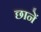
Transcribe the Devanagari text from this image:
छानें